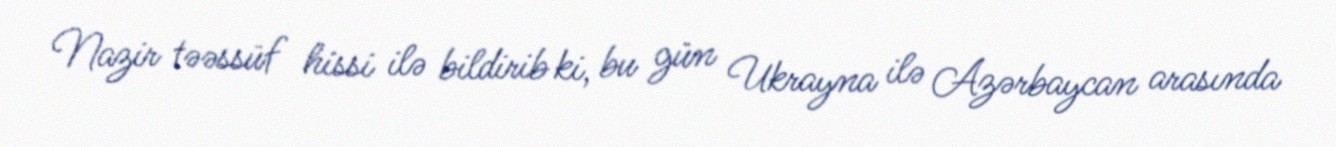
Nazir təəssüf hissi ilə bildirib ki, bu gün Ukrayna ilə Azərbaycan arasında